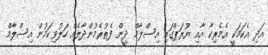
އަދި އެކަމަކީ އެމެރިކާ އާއި ޔޫރަޕްގައި އިސްލާމް ދީން ފެތުރެމުންދާލެއް ހަލުވިކަމުން އިސްލާމް